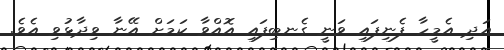
އަދި އެމީހާ ފެނިފައި ވަނީ ގެނބިފައި އޮއްވާ ކަމަށް އޭނާ ވިދާޅުވި އެވެ.